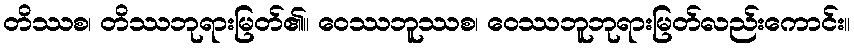
တိဿစ၊ တိဿဘုရားမြတ်၏။ ဝေဿဘူဿစ၊ ဝေဿဘူဘုရားမြတ်လည်းကောင်း။